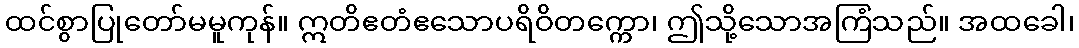
ထင်စွာပြုတော်မမူကုန်။ ဣတိဧတံဧသောပရိဝိတက္ကော၊ ဤသို့သောအကြံသည်။ အထခေါ၊